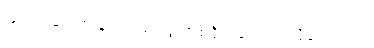
ပြတင်းပေါက် နားက စားပွဲ တစ်ဝိုင်းလောက်လိုချင်တယ်။